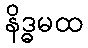
နိဒ္ဓမထ